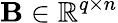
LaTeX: \mathbf{B}\in\mathbb{R}^{q\times n}